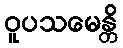
ဝူပသမေန္တိ